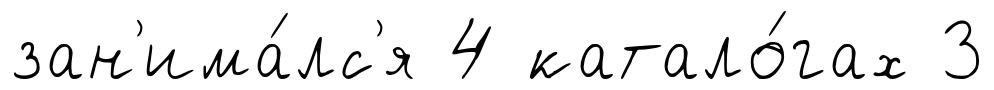
зан'има́лс'я 4 катало́гах 3